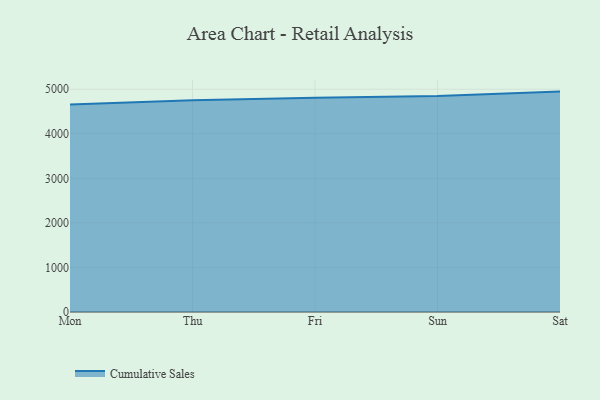
{"axis": {"x": "Day", "y": "Net Income (USD K)"}, "legend": ["Cumulative Sales"], "data": [{"x": "Mon", "y": 4656.1, "type": "Cumulative Sales"}, {"x": "Thu", "y": 4752.2, "type": "Cumulative Sales"}, {"x": "Fri", "y": 4806.5, "type": "Cumulative Sales"}, {"x": "Sun", "y": 4845.8, "type": "Cumulative Sales"}, {"x": "Sat", "y": 4946.1, "type": "Cumulative Sales"}]}